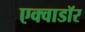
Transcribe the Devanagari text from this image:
एक्वाडॉर